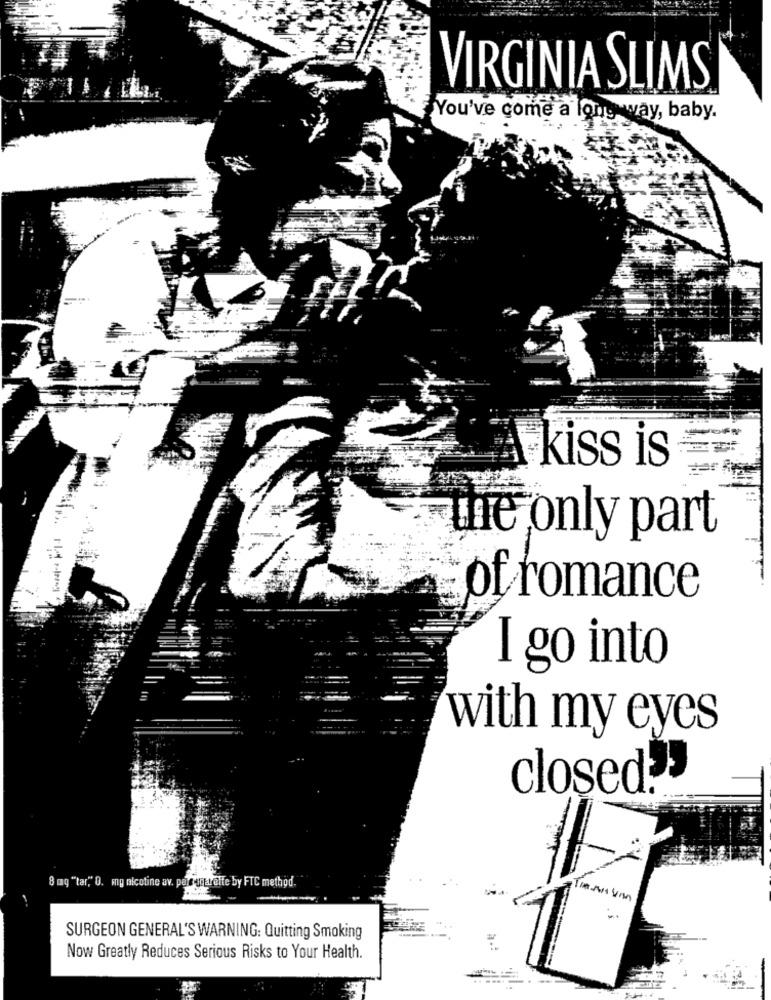
VIRGINIA SLIMS
You've come a long way, baby.
kiss is
the only part
of romance
I go into
with my eyes
closed.
8 mg "tar" 0. my nicotine av. per wettelte by FTC method.
SURGEON GENERAL'S WARNING: Quitting Smoking
Now Greatly Reduces Serious Risks to Your Health.